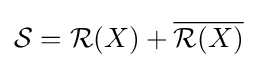
{\mathcal {S}}={\mathcal {R}}(X)+{\overline {{\mathcal {R}}(X)}}